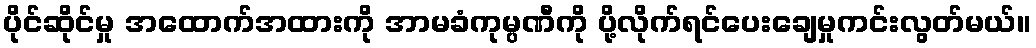
ပိုင်ဆိုင်မှု အထောက်အထားကို အာမခံကုမ္ပဏီကို ပို့လိုက်ရင်ပေးချေမှုကင်းလွတ်မယ်။